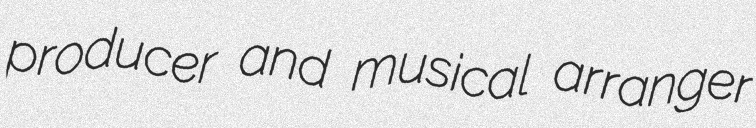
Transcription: producer and musical arranger